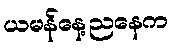
ယမန်နေ့ညနေက